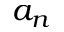
a _ { n }